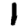
Digit: 1